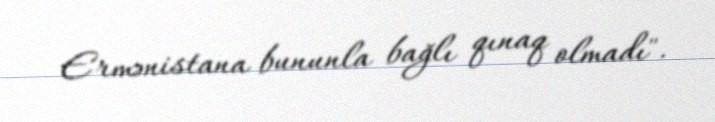
Ermənistana bununla bağlı qınaq olmadı".